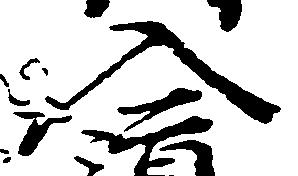
入